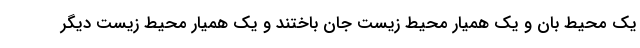
یک محیط بان و یک همیار محیط زیست جان باختند و یک همیار محیط زیست دیگر